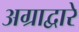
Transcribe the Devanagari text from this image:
अग्राद्वारे